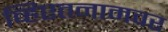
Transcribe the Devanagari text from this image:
व्हिएतनामवर